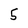
Character: 5